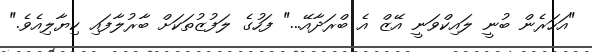
"އަހަރެން ބުނީ ލައިކްވަނީ އޭޒް އެ ބްރަދާއޭ..." ފަހުގެ ލަފުޒުތަކަށް ބާރުލާފައި ކިޔާލިއެވެ."